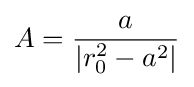
A={\frac {a}{\left|r_{0}^{2}-a^{2}\right|}}